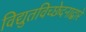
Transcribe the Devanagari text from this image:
विद्युतविच्छेदनाद्वारे